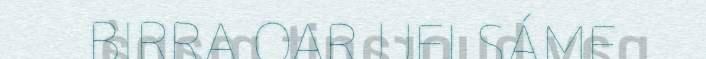
BIRRA OARJJELSÁME